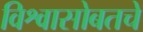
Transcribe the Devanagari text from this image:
विश्वासोबतचे